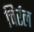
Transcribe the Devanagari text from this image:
चिर्रल